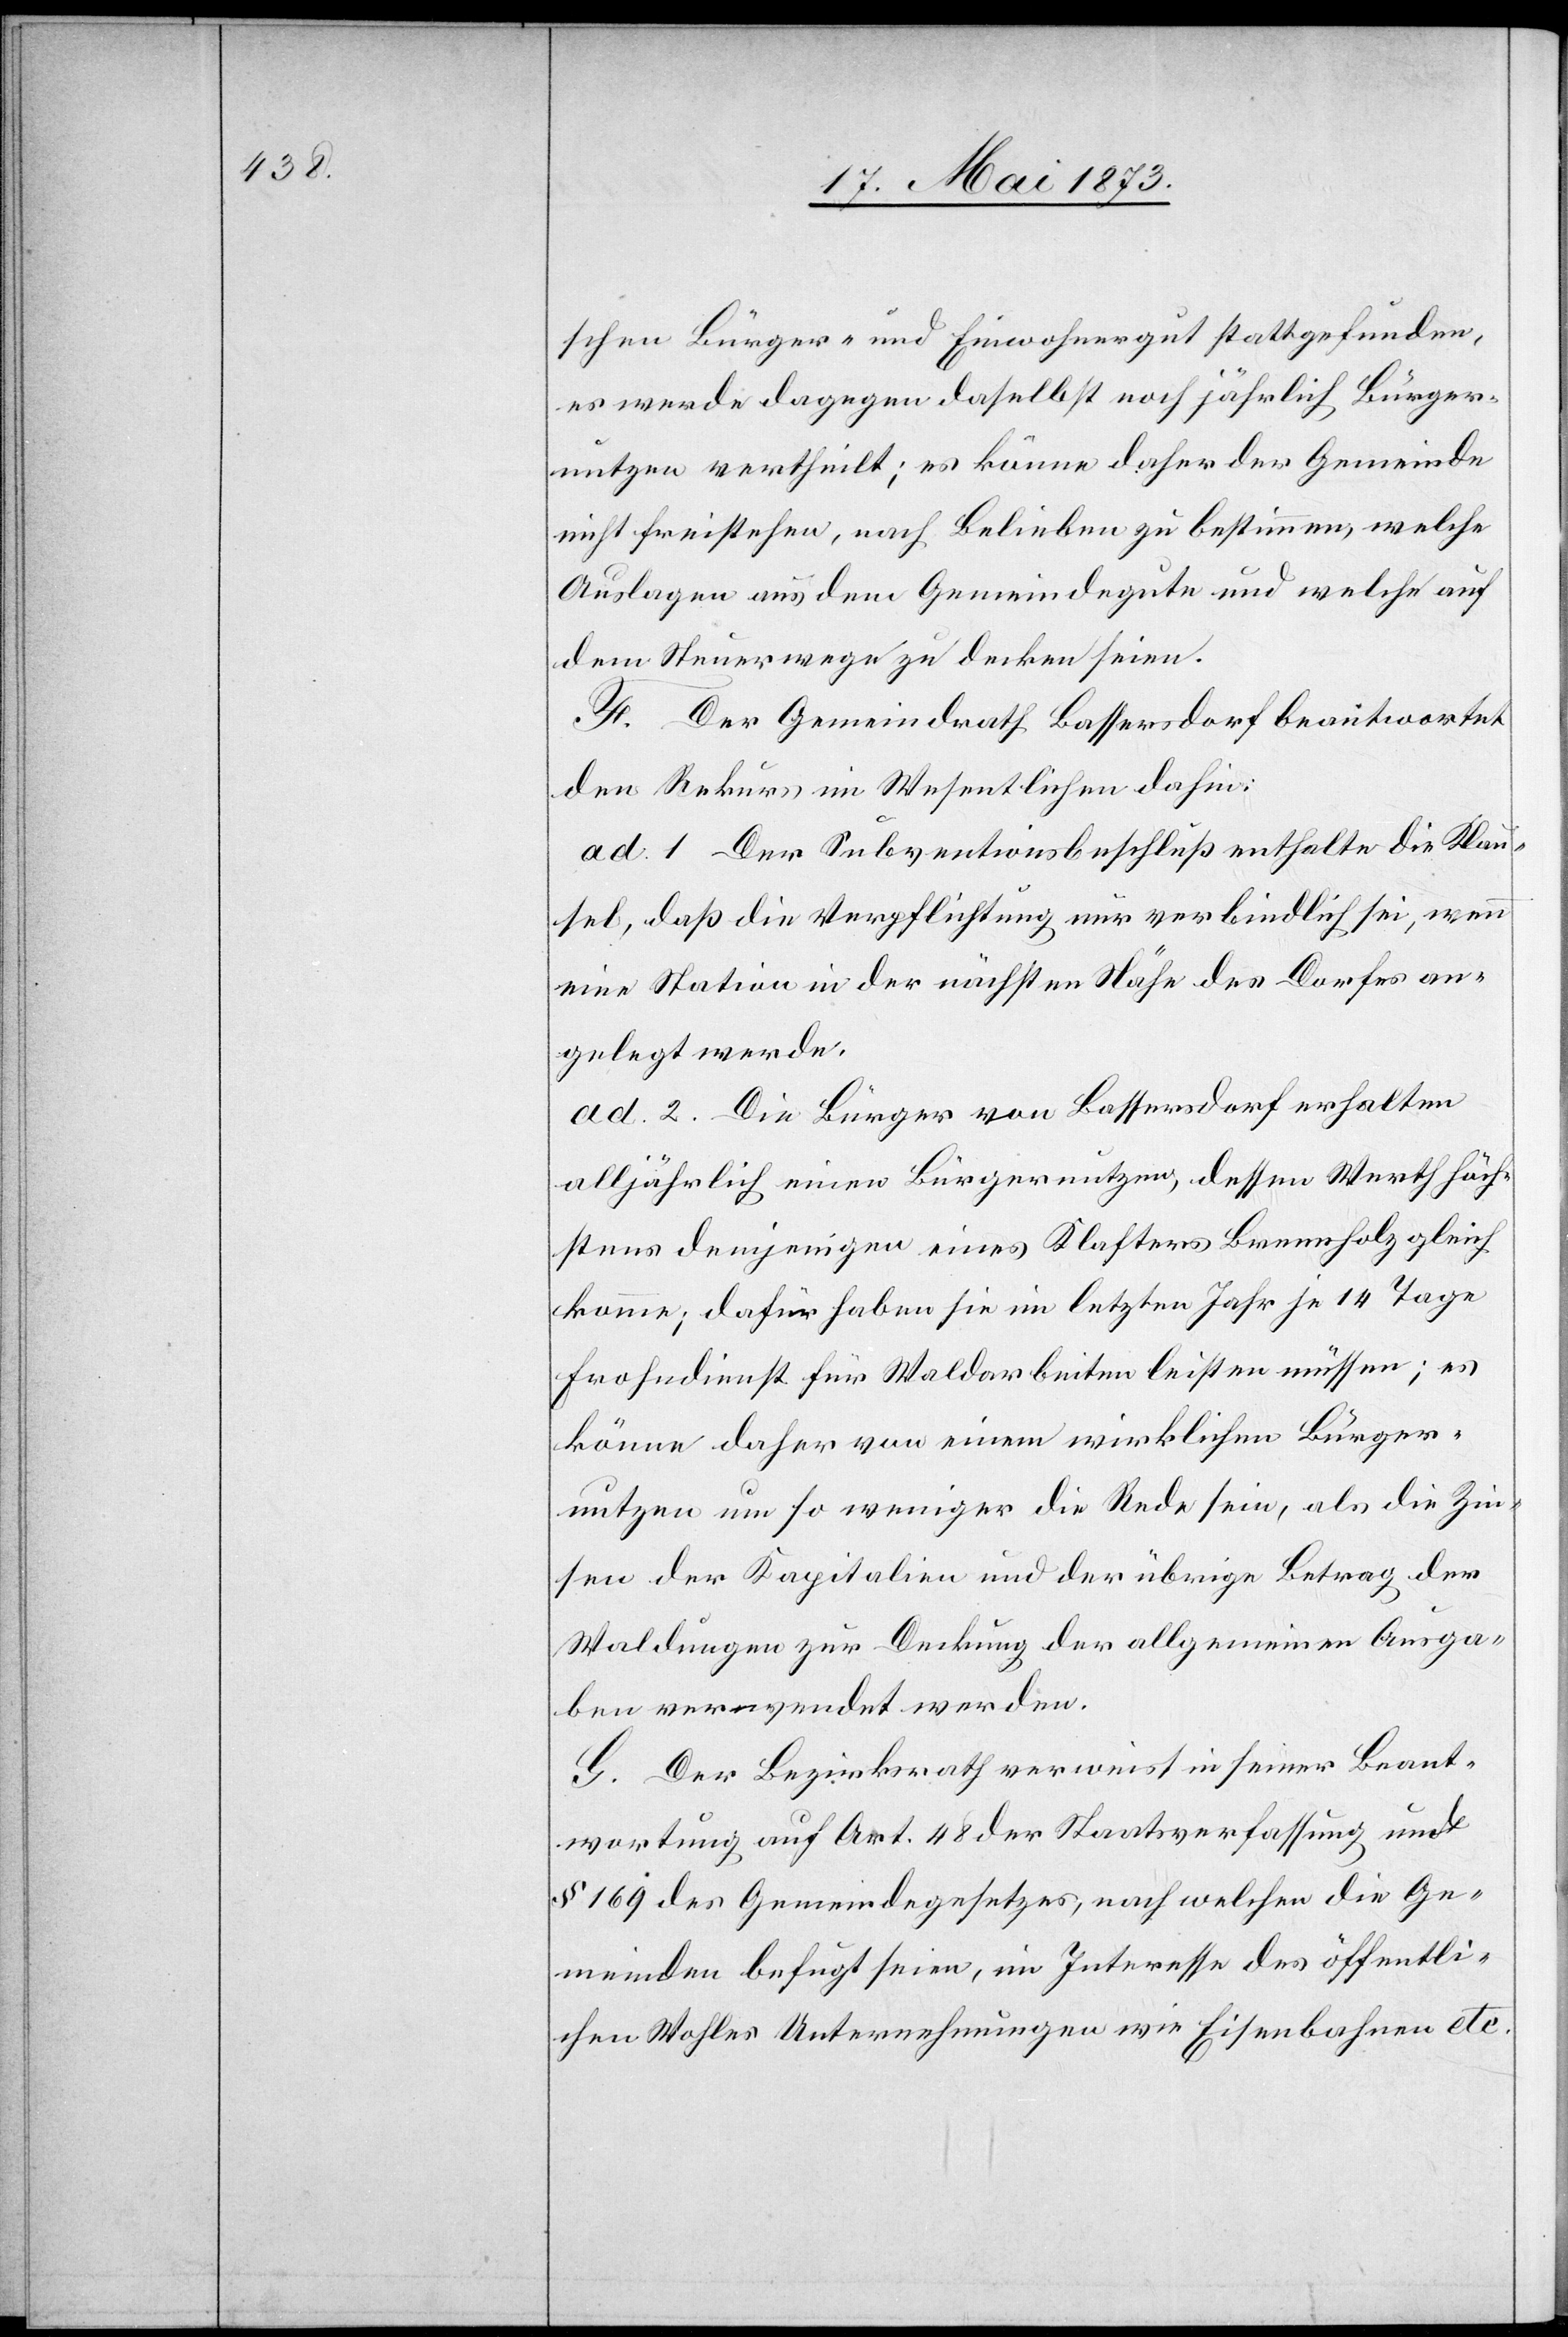
schen Bürger- und Einwohnergut stattgefunden,
es werde dagegen daselbst noch jährlich Bürger¬
nutzen ertheilt; es könne daher der Gemeinde
nichtfreistehen, nach Belieben zu bestimmen, welche
Auslagen aus dem Gemeindegute und welche auf
dem Steuerwege zu decken seien.
F. Der Gemeindrath Bassersdorf beantwortet
den Rekurs im Wesentlichen dahin:
ad. 1 der Subventionsbeschluß enthalte die Klau¬
sel, daß die Verpflichtung nur verbindlich sei, wenn
eine Station in der nächsten Nähe des Dorfes an¬
gelegt werde.
ad. 2. Die Bürger von Bassersdorf erhalten
alljährlich einen Bürgernutzen, dessen Werth höch¬
stens demjenigen eines Klafters Brennholz gleich
komme; dafür haben sie im letzten Jahr je 14 Tage
Frohndienst für Waldarbeiten leisten müssen; es
könne daher von einem wirklichen Bürger¬
nutzen um so weniger die Rede sein, als die Zin¬
sen der Kapitalien und der übrige Betrag der
Waldungen zur Deckung der allgemeinen Ausga¬
ben verwendet werden.
G. Der Bezirksrath verweist in seiner Beant¬
wortung auf Art. 48 der Staatsverfassung und
§ 169 des Gemeindegesetzes, nach welchen die Ge¬
meinden befugt seien, im Interesse des öffentli¬
chen Wohles Unternehmungen wie Eisenbahnen etc.